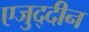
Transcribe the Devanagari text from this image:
एजुद्दीन